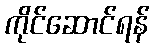
ကိုင်ဆောင်ရန်